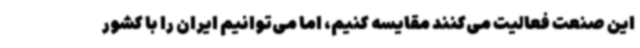
این صنعت فعالیت می‌کنند مقایسه کنیم، اما می‌توانیم ایران را با کشور